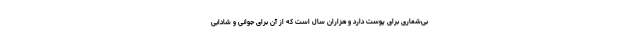
بی‌شماری برای پوست دارد و هزاران سال است که از آن برای جوانی و شادابی